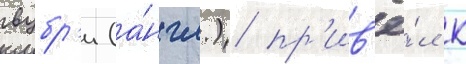
вубр'и (а́нгл.) пр'ив'ё́л к